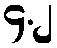
၄.၂